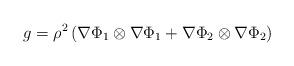
LaTeX: \begin{align*}g=\rho^2\left( \nabla\Phi_1\otimes\nabla\Phi_1+ \nabla\Phi_2\otimes\nabla\Phi_2\right)\end{align*}